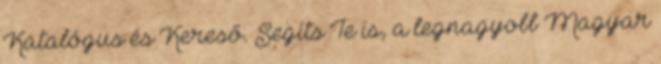
Katalógus és Kereső. Segíts Te is, a legnagyobb Magyar